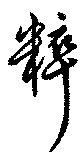
粹